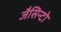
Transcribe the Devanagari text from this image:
जैसिन्टो